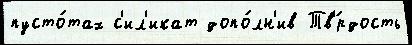
пусто́тах с'ил'икат допо́лн'ив Тв'́рдость